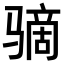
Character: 𫘮